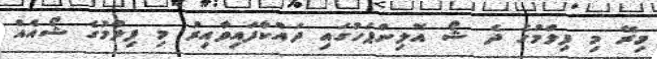
މިރޭ މި ފިލްމުގެ ދެ ޝޯ އޮލިންޕަހުގައި ދައްކާފައިވާއިރު މި ފިލްމުގެ ޝޯއެއް